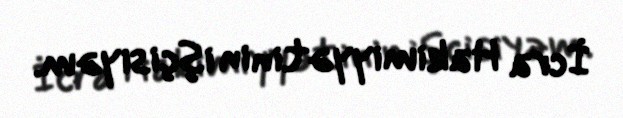
İcra Hakimiyyətinin işçisiyəm.